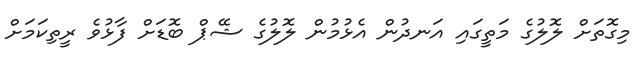
މިގޮތަށް ލޮލުގެ މަތީގައި އަނދުން އެޅުމުން ލޮލުގެ ޝޭޕް ބޮޑަށް ފާޅުވެ ރީތިކަމަށް